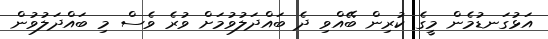
އަޅުގަނޑުމެން މީގެ ކުރިން ބޭއްވި ދެ ބައްދަލުވުމަށް ވުރެ ވެސް މި ބައްދަލުވުން